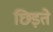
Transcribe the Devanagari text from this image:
छिड़ते